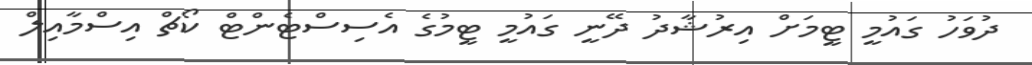
ދުވަހު ގައުމީ ޓީމަށް އިރުޝާދު ދޭނީ ގައުމީ ޓީމުގެ އެސިސްޓެންޓް ކޯޗް އިސްމާއިލް